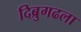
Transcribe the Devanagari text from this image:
दिब्रुगढला